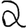
Digit: 2